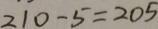
2 1 0 - 5 = 2 0 5